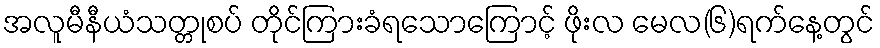
အလူမီနီယံသတ္တုစပ် တိုင်ကြားခံရသောကြောင့် ဖိုးလ မေလ(၆)ရက်နေ့တွင်